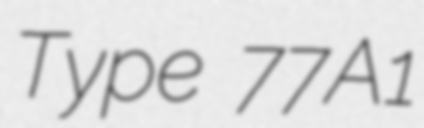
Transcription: Type 77A1